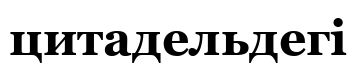
цитадельдегі